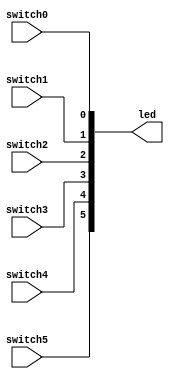
`timescale 1ns / 1ps

// Jonah Meggs 2022
// Jonah's Guide to Verilog Chapter 2 - vector_construction.v
// Constructing a vector

module vector_construction(
	input switch0,
	input switch1,
	input switch2,
	input switch3,
	input switch4,
	input switch5,
	output [5:0] led
    );

assign led = {switch5, switch4, switch3, switch2, switch1, switch0};

endmodule